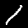
Digit: 1